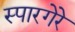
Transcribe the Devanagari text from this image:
स्पारगेरे